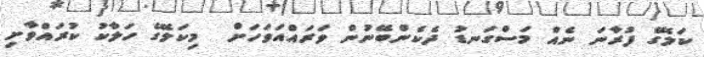
ކަލޭގެ ފުރާނަ ނެއް މަސްގަނޑު ދެކެންބޭނުން ވަރައްއަވަހަށް  މިކަލޭގެ ހަލާކު ކުރައްވާށި